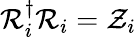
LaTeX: \mathcal{R}_{i}^{\dagger}\mathcal{R}_{i}=\mathcal{Z}_{i}